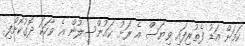
ކަމަށް އަޑު ފެތުރިފައި ވިޔަސް އެ ރަށު ކައުންސިލުން އެ ވާހަކަ ދޮގުކޮށްފި.